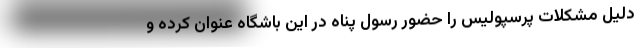
دلیل مشکلات پرسپولیس را حضور رسول پناه در این باشگاه عنوان کرده و